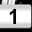
Digit: 1